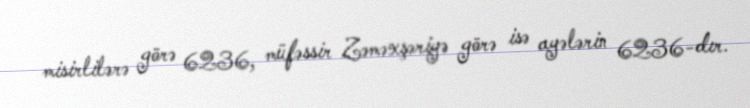
misirlilərə görə 6236, müfəssir Zəməxşəriyə görə isə ayələrin 6236-dır.